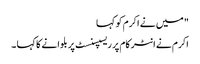
" میں نے اکرم کو کہا
اکرم نے انٹر کام پر ریسپسنسٹ پر بلوانے کا کہا ۔